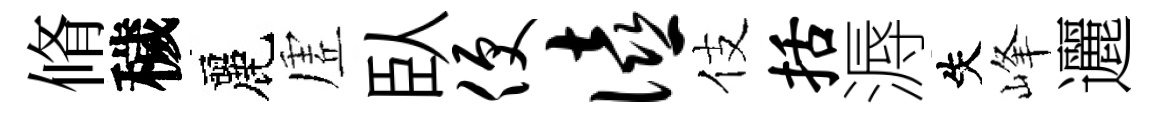
脩穢麗虗臥便僖伎括溽失峰邐